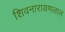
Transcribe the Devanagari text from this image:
शिवनारायणलाल